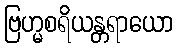
ဗြဟ္မစရိယန္တရာယော